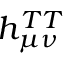
h _ { \mu \nu } ^ { T T }